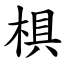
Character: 椇